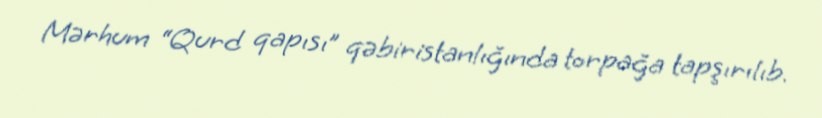
Mərhum “Qurd qapısı” qəbiristanlığında torpağa tapşırılıb.